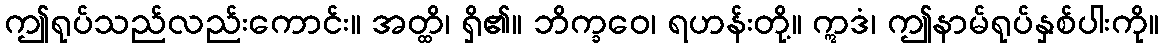
ဤရုပ်သည်လည်းကောင်း။ အတ္ထိ၊ ရှိ၏။ ဘိက္ခဝေ၊ ရဟန်းတို့။ ဣဒံ၊ ဤနာမ်ရုပ်နှစ်ပါးကို။